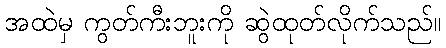
အထဲမှ ကွတ်ကီးဘူးကို ဆွဲထုတ်လိုက်သည်။